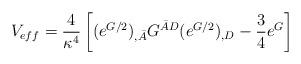
LaTeX: \begin{align*}V_{eff}=\frac{4}{\kappa^4} \left[ (e^{G/2})_{,\bar A} G^{\bar AD}(e^{G/2})_{,D} -\frac{3}{4} e^G \right]\end{align*}